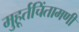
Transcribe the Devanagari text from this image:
मुहूर्तचिंतामणी